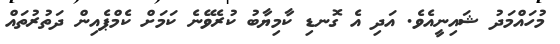
މުހައްމަދު ޝައިނީއެވެ. އަދި އެ ގޮނޑި ކާމިޔާބު ކުރެވޭނެ ކަމަަށް ކެމްޕެއިން ދަތުރުތައް